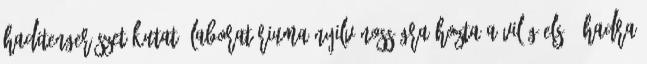
Haditengerészet Kutató Laboratóriuma nyilvánosságra hozta a világ első, hadra